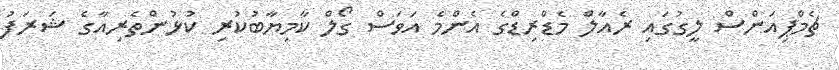
ޗެމްޕިއަންސް ލީގުގައި ރެއާލް މެޑްރިޑްގެ އެންމެ އަވަސް ގޯލް ކާމިޔާބުކުރި ކުޅުންތެރިއާގެ ޝަރަފު